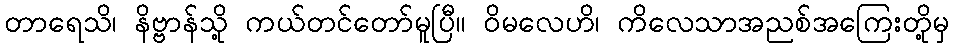
တာရေသိ၊ နိဗ္ဗာန်သို့ ကယ်တင်တော်မူပြီ။ ဝိမလေဟိ၊ ကိလေသာအညစ်အကြေးတို့မှ